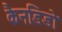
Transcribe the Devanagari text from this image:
कैनडिडो